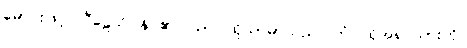
မောင်းဖြင့်။ ပီဠေသိ၊ နှိပ်၏။ သာ၊ ထိုသာမာသည်။ တံ၊ ထိုအရှင်သားကို။